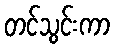
တင်သွင်းကာ